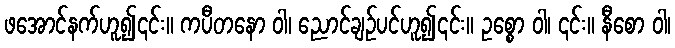
ဖအောင်နက်ဟူ၍၎င်း။ ကပီတနော ဝါ၊ ညောင်ချဉ်ပင်ဟူ၍၎င်း။ ဥစ္စော ဝါ၊ ၎င်း။ နီစော ဝါ၊